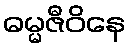
ဓမ္မဇီဝိနေ